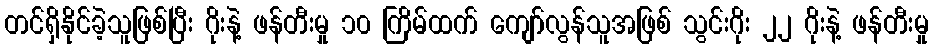
တင်ရှိနိုင်ခဲ့သူဖြစ်ပြီး ဂိုးနဲ့ ဖန်တီးမှု ၁၀ ကြိမ်ထက် ကျော်လွန်သူအဖြစ် သွင်းဂိုး ၂၂ ဂိုးနဲ့ ဖန်တီးမှု